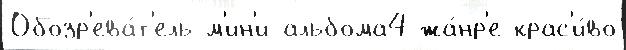
Обозр'ева́т'ель м'ин'и-альбома4 жа́нр'е крас'и́во